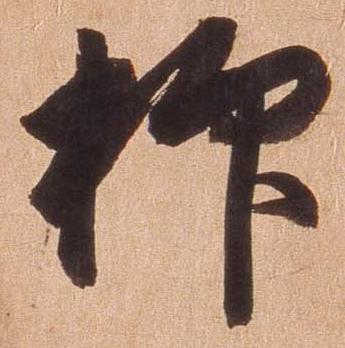
抑